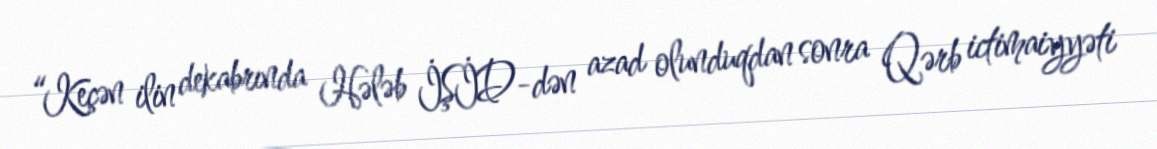
“Keçən ilin dekabrında Hələb İŞİD-dən azad olunduqdan sonra Qərb ictimaiyyəti